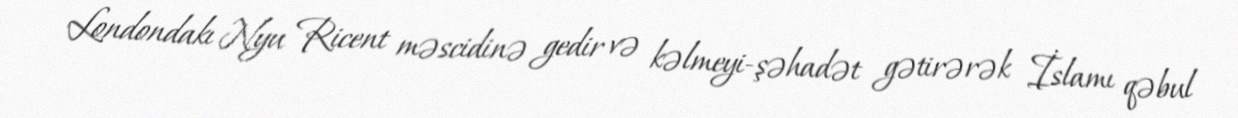
Londondakı Nyu Ricent məscidinə gedir və kəlmeyi-şəhadət gətirərək İslamı qəbul